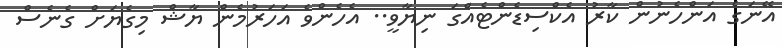
އޭނަގެ އަންހެނުން ކާރު އެކްސިޑެންޓެއްގަ ނިޔާވީ.. އެހެންވެ އަހަރުމެން ޔާޝް މިގެޔަށް ގެނެސް